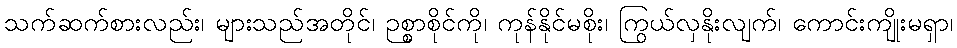
သက်ဆက်စားလည်း၊ များသည်အတိုင်၊ ဉစ္စာစိုင်ကို၊ ကုန်နိုင်မစိုး၊ ကြွယ်လှနိုးလျက်၊ ကောင်းကျိုးမရှာ၊